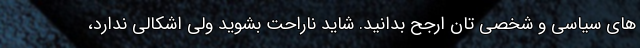
های سیاسی و شخصی تان ارجح بدانید. شاید ناراحت بشوید ولی اشکالی ندارد،